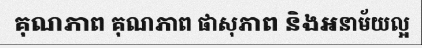
គុណភាព គុណភាព ផាសុភាព និងអនាម័យល្អ